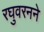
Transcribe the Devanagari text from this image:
रघुवरनने